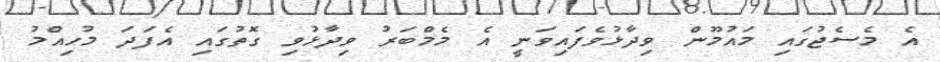
އެ މެސެޖުގައި މައުމޫން ވިދާޅުވެފައިވަނީ އެ މެމްބަރު ވިދާޅުވި ގޮތުގައި އެފަދަ މުހިއްމު